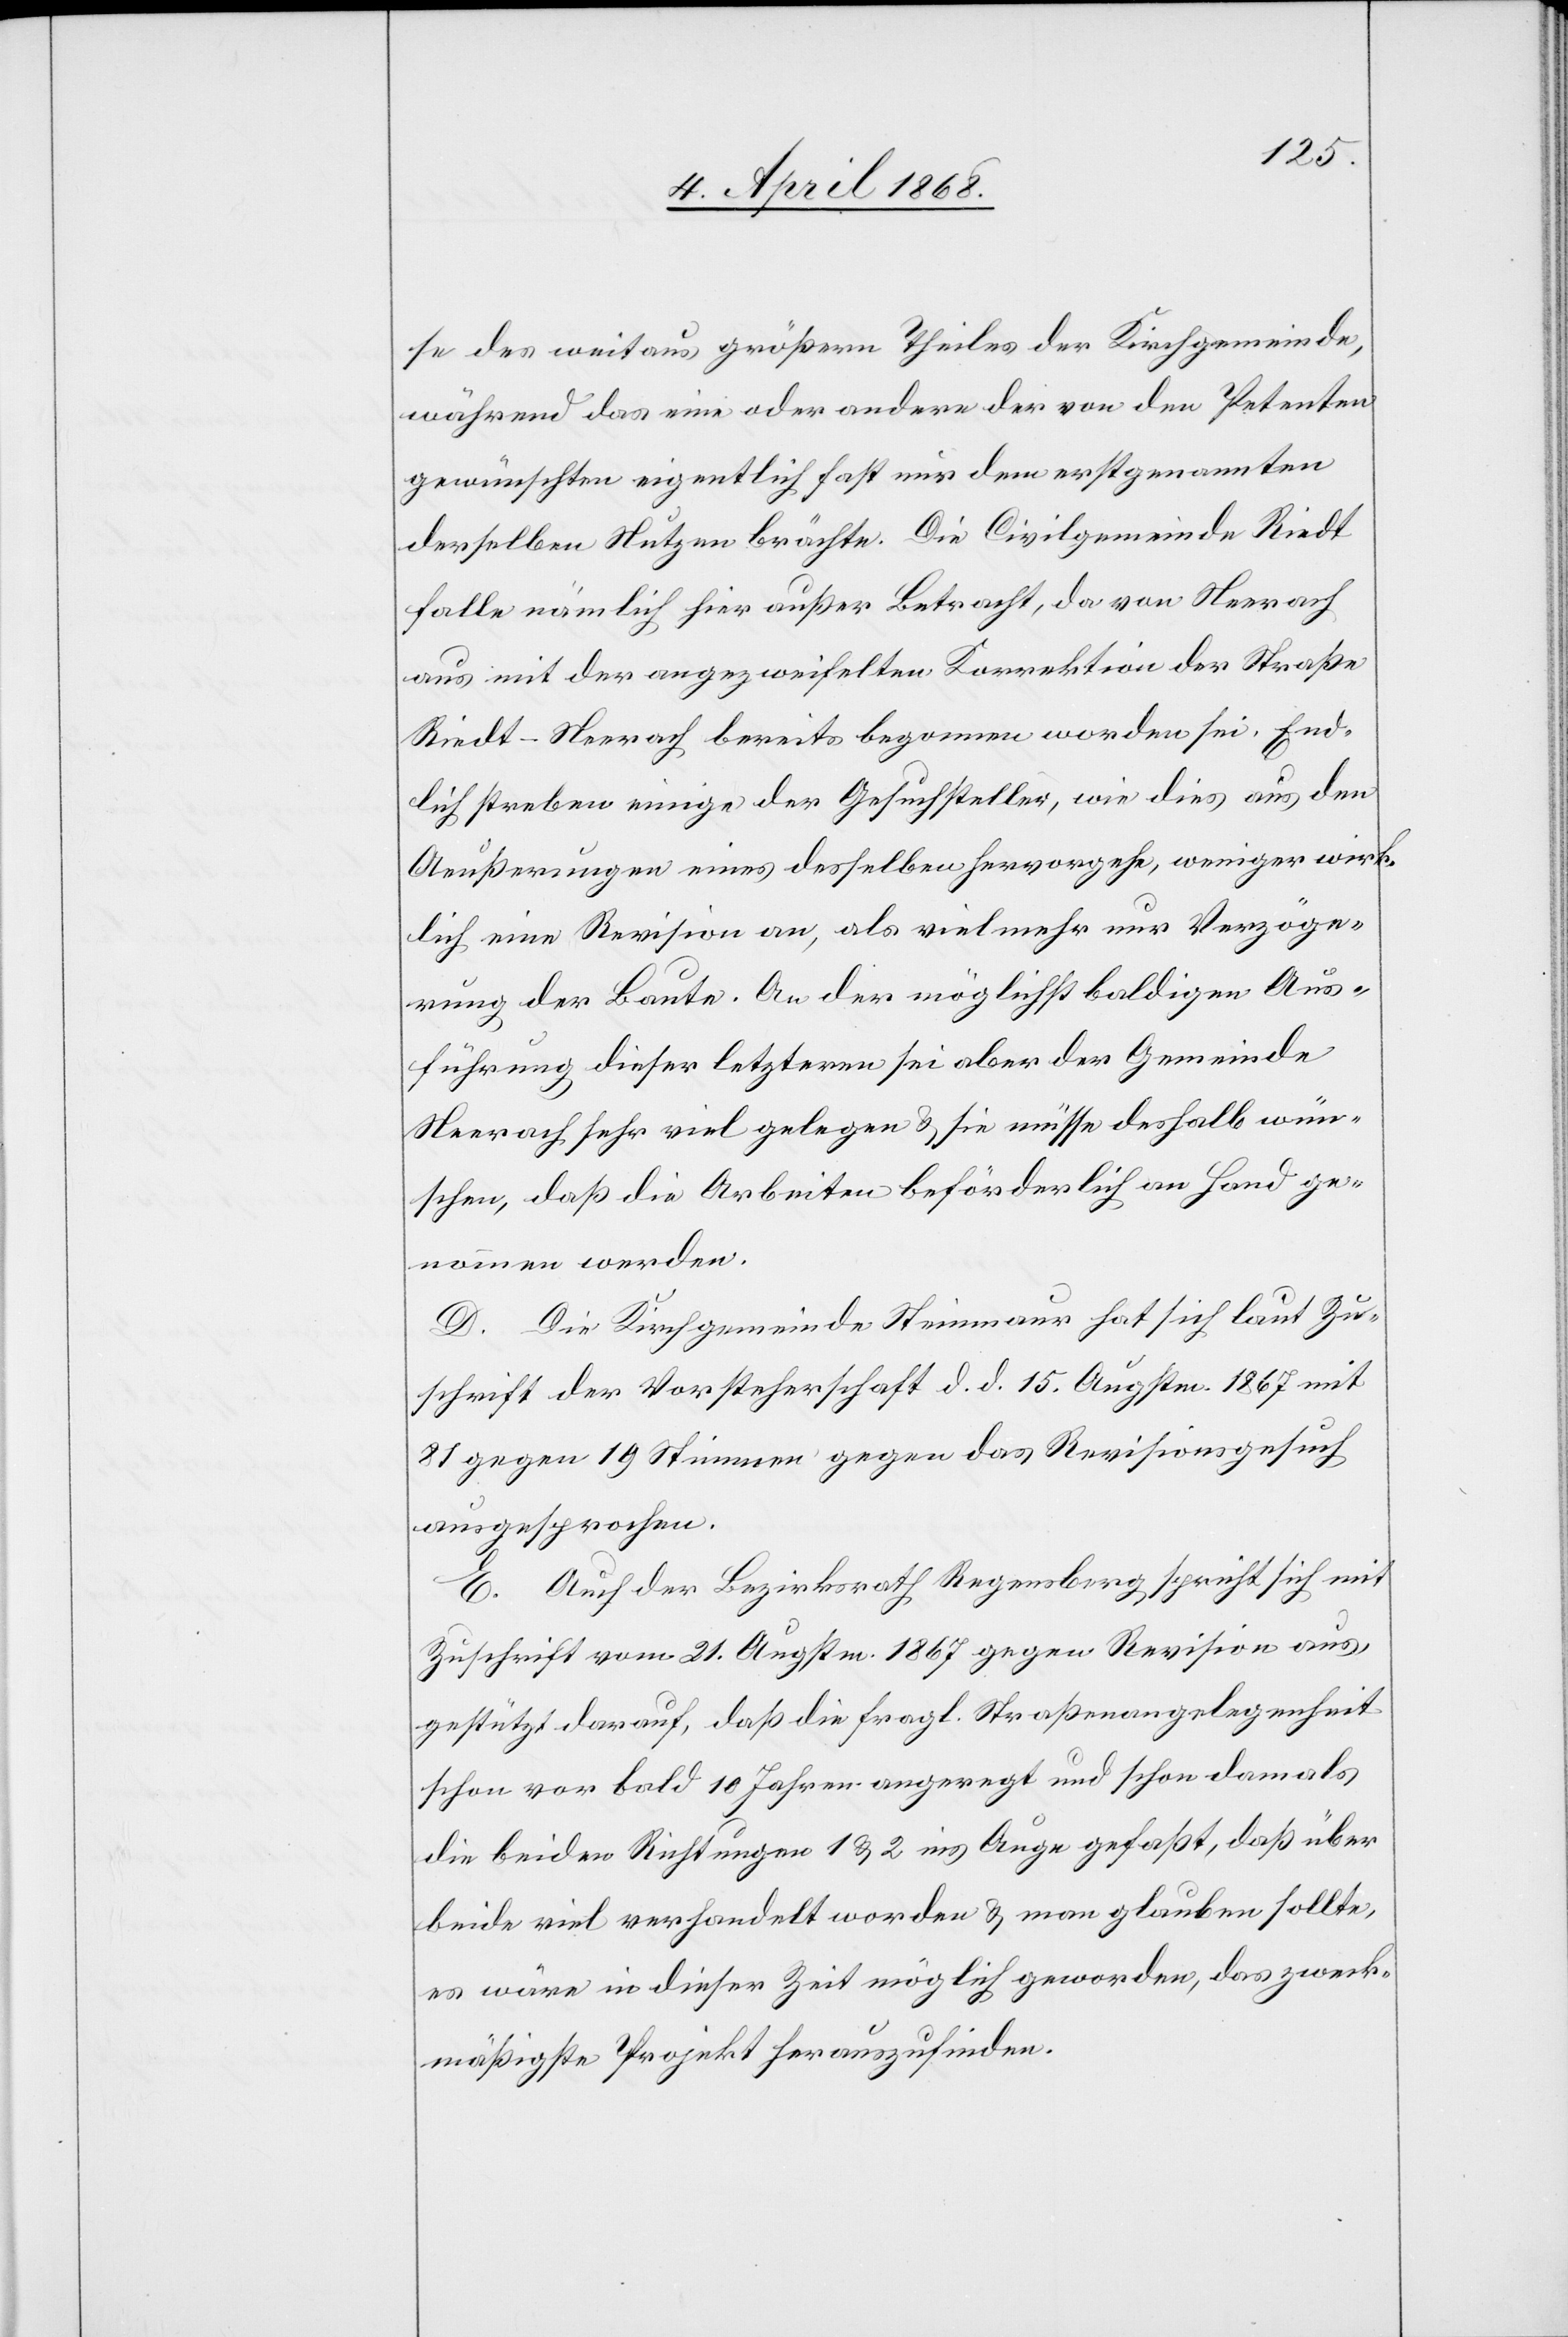
se des weitaus größern Theiles der Kirchgemeinde,
während das eine oder andere der von den Petenten
gewünschten eigentlich fast nur dem erstgenannten
derselben Nutzen brächte. Die Civilgemeinde Riedt
falle nämlich hier außer Betracht, da von Neerach
aus mit der angezweifelten Korrektion der Straße
Riedt-Neerach bereits begonnen worden sei. End¬
lich streben einige der Gesuchsteller, wie dies aus den
Aeußerungen eines desselben hervorgehe, weniger wirk¬
lich eine Revision an, als vielmehr nur Verzöge¬
rung der Baute. An der möglichst baldigen Aus¬
führung dieser letzteren sei aber der Gemeinde
Neerach sehr viel gelegen & sie müsse deshalb wün¬
schen, daß die Arbeiten beförderlich an Hand ge¬
nommen werden.
D. Die Kirchgemeinde Steinmaur hat sich laut Zu¬
schrift der Vorsteherschaft d. d. 15. Augstm. 1867 mit
81 gegen 19 Stimmen gegen das Revisionsgesuch
ausgesprochen.
E. Auch der Bezirksrath Regensberg spricht sich mit
Zuschrift vom 21. Augstm. 1867 gegen Revision aus,
gestützt darauf, daß die fragl. Straßenangelegenheit
schon vor bald 10 Jahren angeregt und schon damals
die beiden Richtungen 1 & 2 ins Auge gefaßt, daß über
beide viel verhandelt worden & man glauben sollte,
es wäre in dieser Zeit möglich geworden, das zweck¬
mäßigste Projekt herauszufinden.